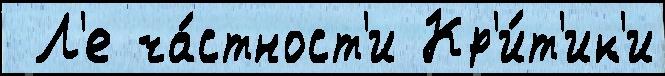
 Л'е ча́стност'и Кр'и́т'ик'и